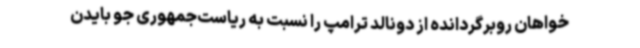
خواهان روبرگردانده از دونالد ترامپ را نسبت به ریاست‌جمهوری جو بایدن